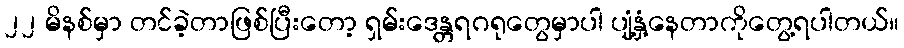
၂၂ မိနစ်မှာ တင်ခဲ့တာဖြစ်ပြီးတော့ ရှမ်းဒေန္တရဂရုတွေမှာပါ ပျံ့နှံ့နေတာကိုတွေ့ရပါတယ်။